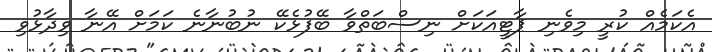
އެކަމެއް ކުރީ މިވެނި ޕާޓީއަކަށް ނިސްބަތްވާ ބޭފުޅެކޭ ނުބުނާނެ ކަމަށް އޭނާ ވިދާޅުވި